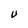
Character: U